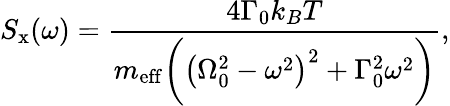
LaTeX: S_{\mathrm{x}}(\omega)=\frac{4\Gamma_{0}k_{B}T}{m_{\mathrm{eff}}\bigg(\big(\Omega_{0}^{2}-\omega^{2}\big)^{2}+\Gamma_{0}^{2}\omega^{2}\bigg)},